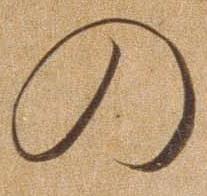
の